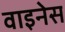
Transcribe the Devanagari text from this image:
वाइनेस